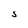
Character: S